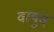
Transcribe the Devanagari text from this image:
वायुस्